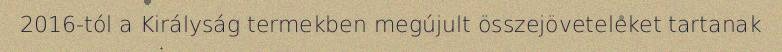
2016-tól a Királyság termekben megújult összejöveteleket tartanak